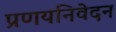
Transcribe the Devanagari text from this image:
प्रणयनिवेदन